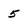
Character: 5